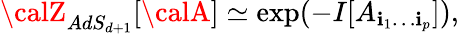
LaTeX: {\calZ}_{AdS_{d+1}}[{\calA}]\simeq\exp(-I[A_{\mathbf{i}_{1}\ldots\mathbf{i}_{p}}]),